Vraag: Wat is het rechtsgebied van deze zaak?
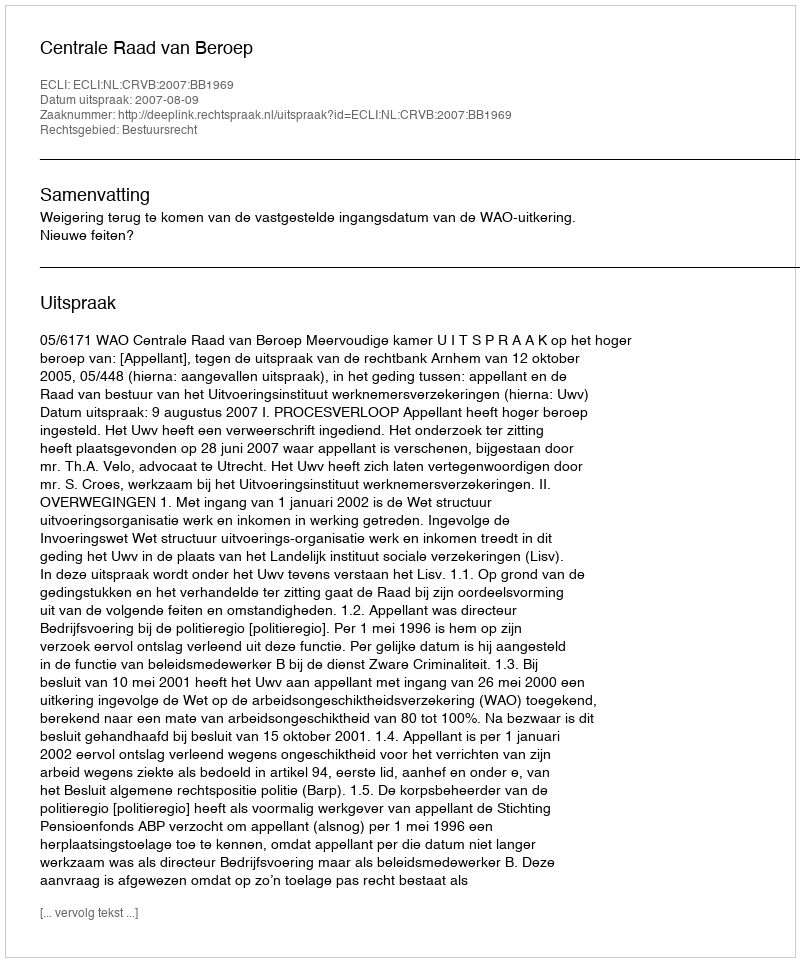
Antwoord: Bestuursrecht